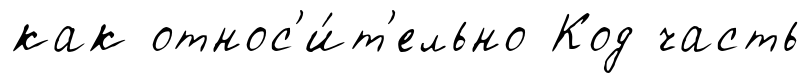
как относ'и́т'ельно Код часть